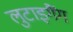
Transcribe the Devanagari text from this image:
लुटाइगैंग